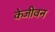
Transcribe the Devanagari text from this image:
केजीवन